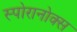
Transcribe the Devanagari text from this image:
स्पोरानोक्स